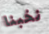
نخبنا